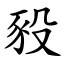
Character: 豛